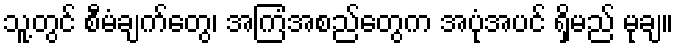
သူ့တွင် စီမံချက်တွေ၊ အကြံအစည်တွေက အပုံအပင် ရှိမည် မုချ။